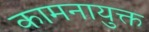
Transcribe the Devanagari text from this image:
कामनायुक्त